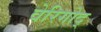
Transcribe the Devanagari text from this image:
वेरिगोद्